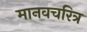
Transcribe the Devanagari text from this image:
मानवचरित्र